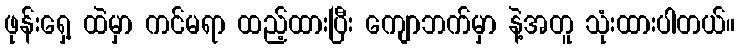
ဖုန်းရှေ့ ထဲမှာ ကင်မရာ ထည့်ထားပြီး ကျောဘက်မှာ နဲ့အတူ သုံးထားပါတယ်။